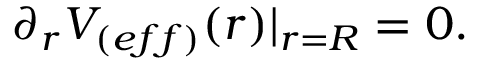
\partial _ { r } V _ { ( e f f ) } ( r ) | _ { r = R } = 0 .